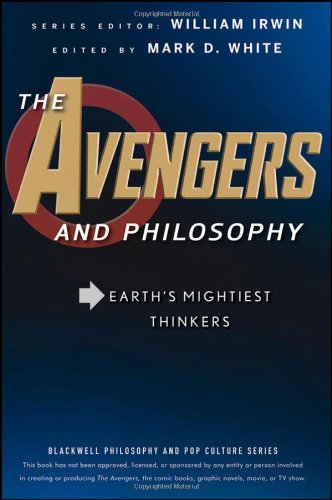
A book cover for The Avengers and Philosophy: Earth's Mightiest Thinkers; Comics & Graphic Novels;